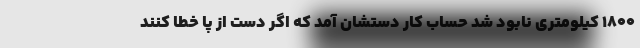
۱۸۰۰ کیلومتری نابود شد حساب کار دستشان آمد که اگر دست از پا خطا کنند